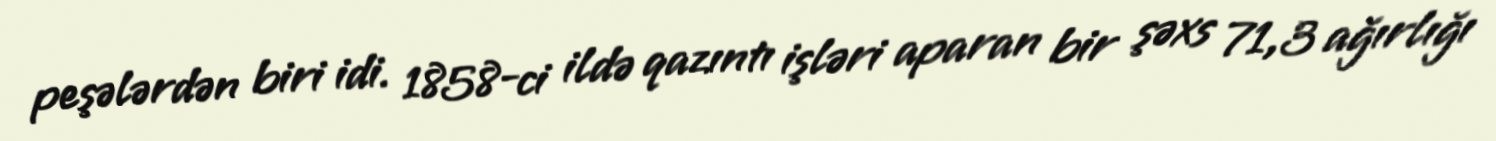
peşələrdən biri idi. 1858-ci ildə qazıntı işləri aparan bir şəxs 71,3 ağırlığı